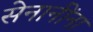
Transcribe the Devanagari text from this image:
सेनानींना